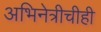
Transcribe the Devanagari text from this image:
अभिनेत्रीचीही